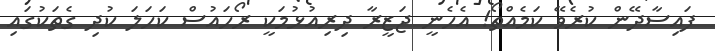
ފައިސާދޭން ކުރެވޭ ކަމެއްތޯ! އެހެނީ ޖަޒީރާ ދިރިއުޅުމަކީ ރޯހައުސް ކަހަލަ ކުދި ގެތަކުގައި